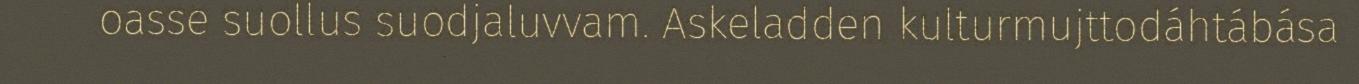
oasse suollus suodjaluvvam. Askeladden kulturmujttodáhtábása